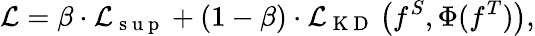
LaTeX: \mathcal{L}=\beta\cdot\mathcal{L}_{\mathrm{~s~u~p~}}+(1-\beta)\cdot\mathcal{L}_{\mathrm{~K~D~}}\left(f^{S},\Phi(f^{T})\right),